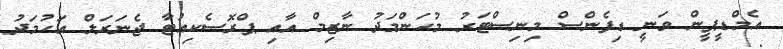
އެމްޑީޕީން ވަނީ ޑިފެންސް މިނިސްޓަރު މުހަންމަދު ނާޒިމް އާއި ޕްރޮސެކިއުޓާ ޖެނަރަލް އަހުމަދު